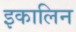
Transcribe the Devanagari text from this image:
इकालिन